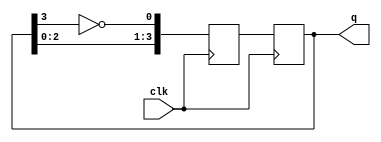
module johnson_counter(
    input wire clk,
    output reg [3:0] q
);

reg [3:0] next_state;

always @ (posedge clk) begin
    next_state[0] <= ~q[3];
    next_state[1] <= q[0];
    next_state[2] <= q[1];
    next_state[3] <= q[2];
    
    q <= next_state;
end

endmodule